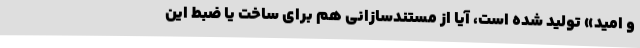
و امید» تولید شده است، آیا از مستندسازانی هم برای ساخت یا ضبط این